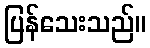
ပြန်သေးသည်။